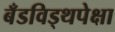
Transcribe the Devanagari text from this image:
बँडविड्थपेक्षा